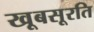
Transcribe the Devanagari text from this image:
खूबसूरति